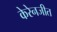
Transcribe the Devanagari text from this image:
केरेनजीत